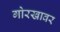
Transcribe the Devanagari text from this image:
गोरखावर